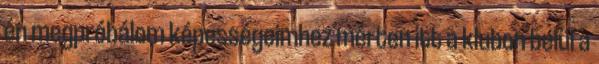
én megpróbálom képességeimhez mérten itt a klubon belül a